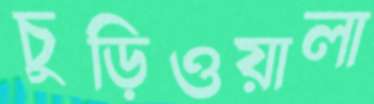
চুড়িওয়ালা